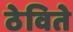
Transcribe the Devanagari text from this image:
ठेविते